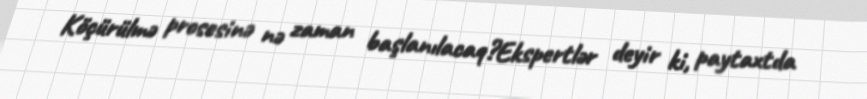
Köçürülmə prosesinə nə zaman başlanılacaq?Ekspertlər deyir ki, paytaxtda